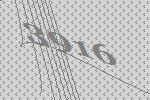
3916